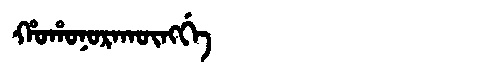
Manchu: ᡥᠣᡥᠣᠨᠣᡵᠠᡴᡡᠩᡤᡝ
Romanization: HOHONORAKŪNGGE